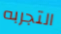
التجربه